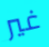
غير